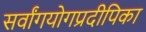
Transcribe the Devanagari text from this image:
सर्वांगयोगप्रदीपिका